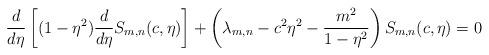
LaTeX: \begin{align*}\frac{d}{d\eta}\left[(1-\eta^2)\frac{d}{d\eta}S_{m,n}(c,\eta)\right]+\left(\lambda_{m,n}-c^2\eta^2-\frac{m^2}{1-\eta^2}\right)S_{m,n}(c,\eta)=0 \end{align*}